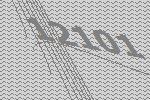
12101